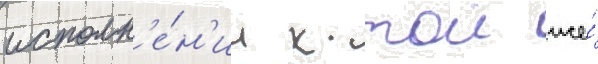
исполн'е́н'ии к тои же́